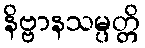
နိဗ္ဗာနသမ္ပတ္တိ